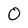
Character: O